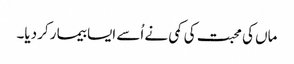
ماں کی محبت کی کمی نے اُسے ایسا بیما رکر دیا۔